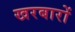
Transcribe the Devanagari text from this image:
खरबारों